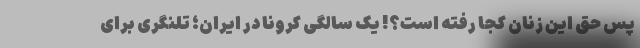
پس حق این زنان کجا رفته است؟! یک سالگی کرونا در ایران؛ تلنگری برای